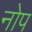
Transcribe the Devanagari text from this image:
नोप